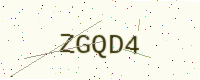
Text: ZGQD4